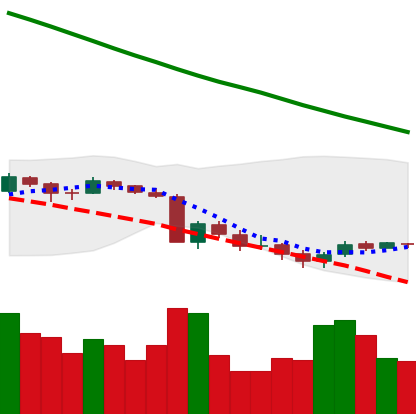
Ticker: XRP-USD
Chart end date: 2018-09-16
Forward return: 99.691%
Label: up_7plus